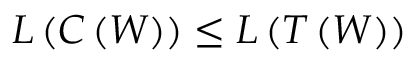
L \left( C \left( W \right) \right) \leq L \left( T \left( W \right) \right)